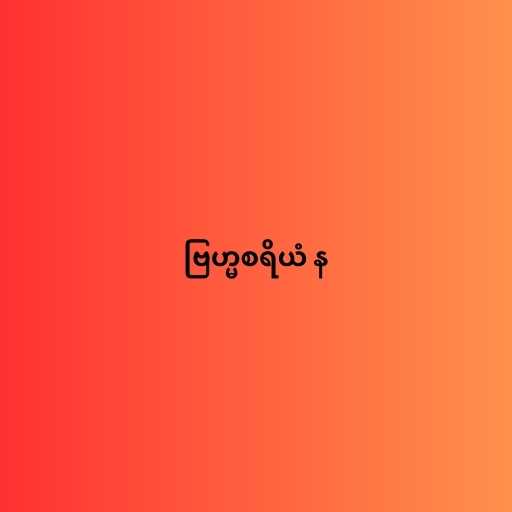
ဗြဟ္မစရိယံ န